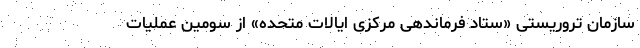
سازمان تروریستی «ستاد فرماندهی مرکزی ایالات متحده» از سومین عملیات